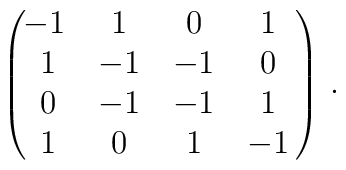
\pmatrix{\hskip-3pt -1 & 1 &0 & 1 \cr                     1 & -1 & -1 & 0 \cr                     0 & -1 & -1 & 1 \cr                     1 & 0 & 1 & -1}\,.